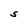
Character: S